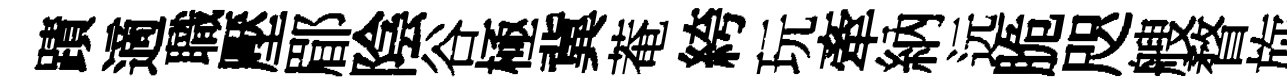
蹟適職壓郿陰谷極冀菴絝玩牽納远脆咫艘瞀旋